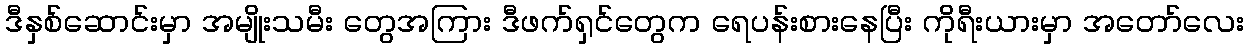
ဒီနှစ်ဆောင်းမှာ အမျိုးသမီး တွေအကြား ဒီဖက်ရှင်တွေက ရေပန်းစားနေပြီး ကိုရီးယားမှာ အတော်လေး